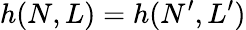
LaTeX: h(N,L)=h(N^{\prime},L^{\prime})